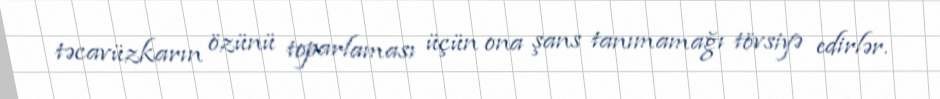
təcavüzkarın özünü toparlaması üçün ona şans tanımamağı tövsiyə edirlər.